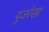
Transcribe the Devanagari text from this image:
पुंजरेखा